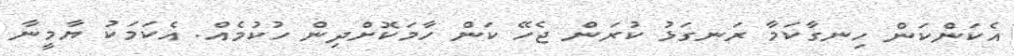
އެކަންކަން ހިނގާކަމާ ރަނގަޅު ކުރަން ޖެހޭ ކަން ހާމަކޮށްދިން ހުކުމެއް. އެކަމަކު ޔާމީނާ